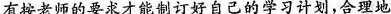
有按老师的要求才能制订好自己的学习计划，合理地